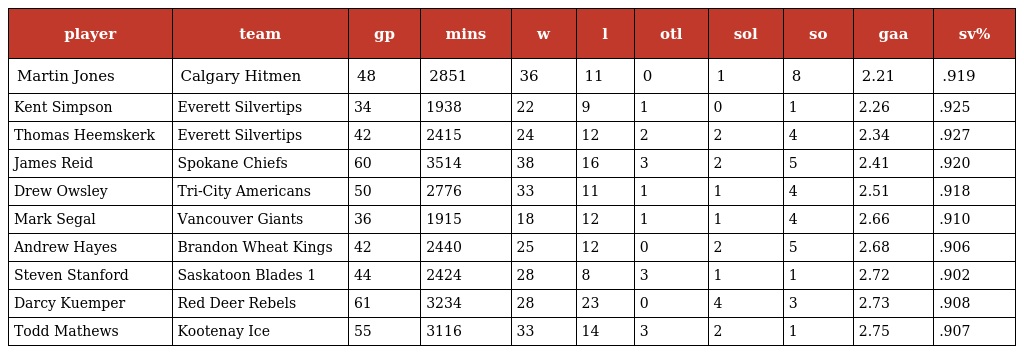
| player | team | gp | mins | w | l | otl | sol | so | gaa | sv% |
 | --- | --- | --- | --- | --- | --- | --- | --- | --- | --- | --- |
 | Martin Jones | Calgary Hitmen | 48 | 2851 | 36 | 11 | 0 | 1 | 8 | 2.21 | .919 |
 | Kent Simpson | Everett Silvertips | 34 | 1938 | 22 | 9 | 1 | 0 | 1 | 2.26 | .925 |
 | Thomas Heemskerk | Everett Silvertips | 42 | 2415 | 24 | 12 | 2 | 2 | 4 | 2.34 | .927 |
 | James Reid | Spokane Chiefs | 60 | 3514 | 38 | 16 | 3 | 2 | 5 | 2.41 | .920 |
 | Drew Owsley | Tri-City Americans | 50 | 2776 | 33 | 11 | 1 | 1 | 4 | 2.51 | .918 |
 | Mark Segal | Vancouver Giants | 36 | 1915 | 18 | 12 | 1 | 1 | 4 | 2.66 | .910 |
 | Andrew Hayes | Brandon Wheat Kings | 42 | 2440 | 25 | 12 | 0 | 2 | 5 | 2.68 | .906 |
 | Steven Stanford | Saskatoon Blades 1 | 44 | 2424 | 28 | 8 | 3 | 1 | 1 | 2.72 | .902 |
 | Darcy Kuemper | Red Deer Rebels | 61 | 3234 | 28 | 23 | 0 | 4 | 3 | 2.73 | .908 |
 | Todd Mathews | Kootenay Ice | 55 | 3116 | 33 | 14 | 3 | 2 | 1 | 2.75 | .907 |